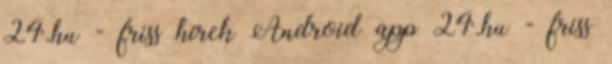
24.hu - friss hírek Android app 24.hu - friss